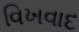
વિખવાદ